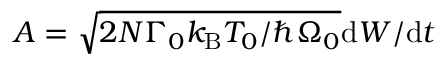
A = \sqrt { { 2 N \Gamma _ { 0 } k _ { \mathrm { B } } T _ { 0 } } / { \hbar \Omega _ { 0 } } } { \mathrm { d } { W } } / { \mathrm { d } t }